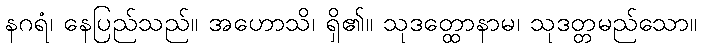
နဂရံ၊ နေပြည်သည်။ အဟောသိ၊ ရှိ၏။ သုဒတ္ထောနာမ၊ သုဒတ္တမည်သော။